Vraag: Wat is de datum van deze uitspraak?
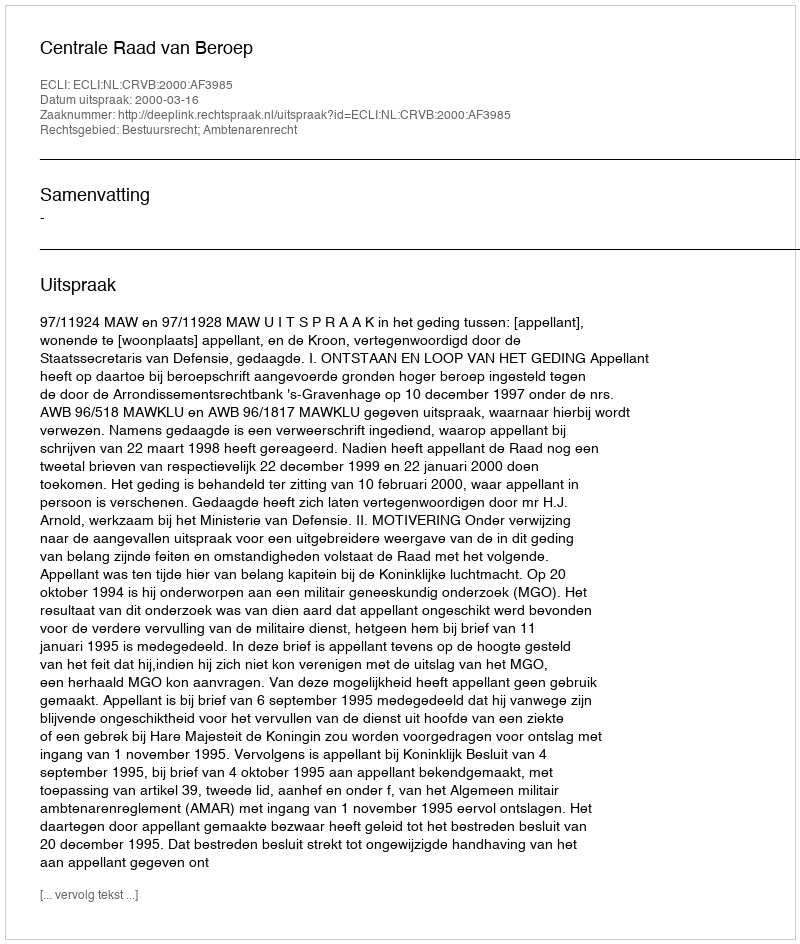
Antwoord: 2000-03-16